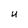
Character: U